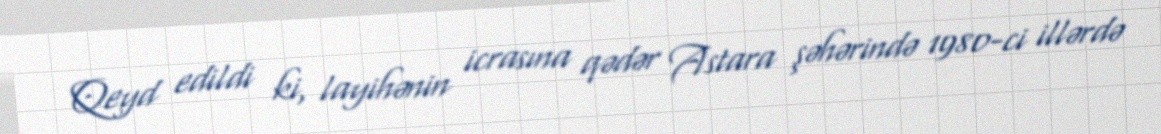
Qeyd edildi ki, layihənin icrasına qədər Astara şəhərində 1980-ci illərdə